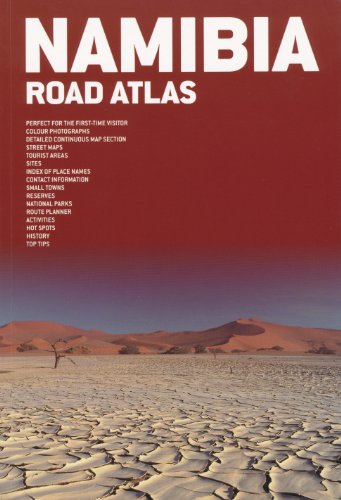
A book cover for Namibia 1:1,100,000 Road & Travel Atlas with town plans MAPSTUDIO; Map Studio; Travel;